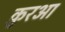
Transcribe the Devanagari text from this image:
क़ु़रआ